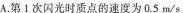
A. 第1次闪光时质点的速度为0.5 m/s